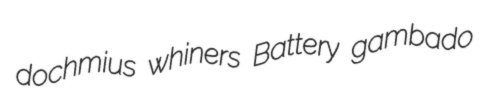
dochmius whiners Battery gambado